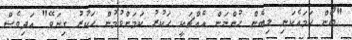
"ބޯން ހަމައެކަނި ލިބެން ހުންނަން އެއްޗަކީ ހަކުރު ކަމަށްވުމުން ހަކުރު ގިނަވޭ" އަދިވެސް